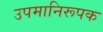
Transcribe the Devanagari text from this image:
उपमानिरूपक